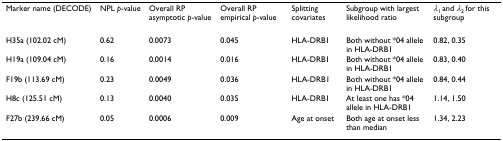
<table><thead><tr><td><b>Marker name (DECODE)</b></td><td><b>NPL <i>p</i>-value</b></td><td><b>Overall RP asymptotic <i>p</i>-value</b></td><td><b>Overall RP empirical <i>p</i>-value</b></td><td><b>Splitting covariates</b></td><td><b>Subgroup with largest likelihood ratio</b></td><td><b><i>λ</i><sub>1 </sub>and <i>λ</i><sub>2 </sub>for this subgroup</b></td></tr></thead><tbody><tr><td>H35a (102.02 cM)</td><td>0.62</td><td>0.0073</td><td>0.045</td><td>HLA-DRB1</td><td>Both without *04 allele in HLA-DRB1</td><td>0.82, 0.35</td></tr><tr><td>H19a (109.04 cM)</td><td>0.16</td><td>0.0014</td><td>0.016</td><td>HLA-DRB1</td><td>Both without *04 allele in HLA-DRB1</td><td>0.83, 0.40</td></tr><tr><td>F19b (113.69 cM)</td><td>0.23</td><td>0.0049</td><td>0.036</td><td>HLA-DRB1</td><td>Both without *04 allele in HLA-DRB1</td><td>0.84, 0.44</td></tr><tr><td>H8c (125.51 cM)</td><td>0.13</td><td>0.0040</td><td>0.035</td><td>HLA-DRB1</td><td>At least one has *04 allele in HLA-DRB1</td><td>1.14, 1.50</td></tr><tr><td>F27b (239.66 cM)</td><td>0.05</td><td>0.0006</td><td>0.009</td><td>Age at onset</td><td>Both age at onset less than median</td><td>1.34, 2.23</td></tr></tbody></table>